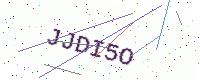
Text: JJDI5O